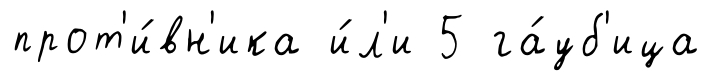
прот'и́вн'ика и́л'и 5 га́уб'ица